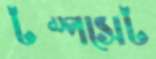
টম্পসেট